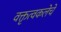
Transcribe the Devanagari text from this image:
वक्तृत्वकलेचे